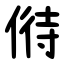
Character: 偫